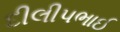
દીલીપભાઈ